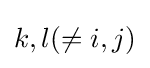
k,l(\neq i,j)